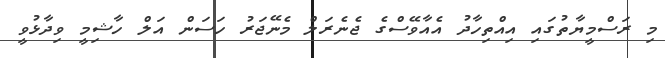
މި ރަސްމީޔާތުގައި އިއްތިހާދު އެއާވޭސްގެ ޖެނެރަލް މެނޭޖަރު ހަސަން އަލް ހާޝިމީ ވިދާޅުވީ